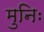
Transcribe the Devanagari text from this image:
मुनिः